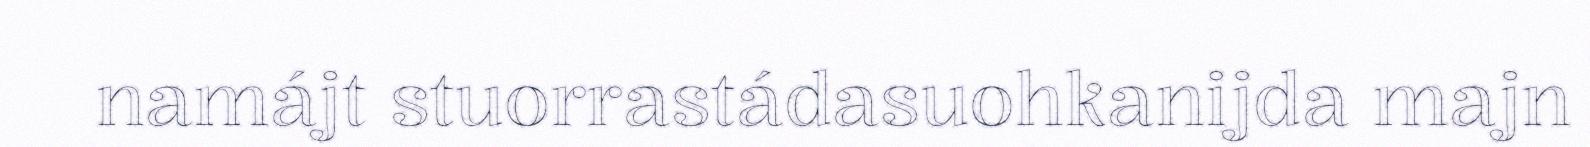
namájt stuorrastádasuohkanijda majn